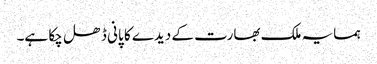
ہمسایہ ملک بھارت کے دیدے کا پانی ڈھل چکا ہے۔